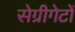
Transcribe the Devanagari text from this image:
सेग्रीगेटों